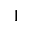
1